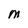
Character: M